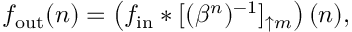
f _ { \mathrm { o u t } } ( n ) = \left( f _ { \mathrm { i n } } * [ ( \beta ^ { n } ) ^ { - 1 } ] _ { \uparrow m } \right) ( n ) ,